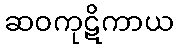
ဆဝကုဋိကာယ